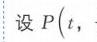
设\(P(t,\)